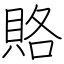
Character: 賂